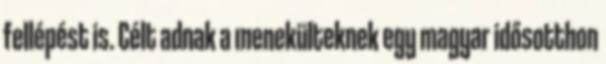
fellépést is. Célt adnak a menekülteknek egy magyar idősotthon